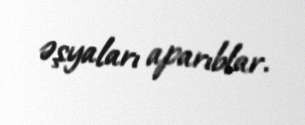
əşyaları aparıblar.